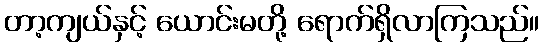
တာ့ကျယ်နှင့် ယောင်းမတို့ ရောက်ရှိလာကြသည်။